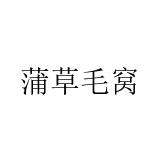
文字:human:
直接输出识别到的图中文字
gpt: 蒲草毛窝